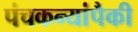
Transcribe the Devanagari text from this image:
पंचकन्यांपैकी